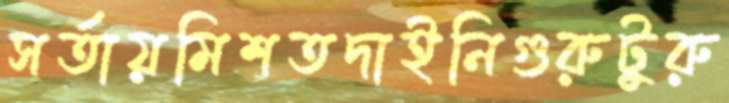
সর্তায়মিশতদাইনিগুরুটুরু